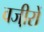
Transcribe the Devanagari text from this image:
वजी़रों